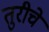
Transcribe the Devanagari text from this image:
तुरीचे